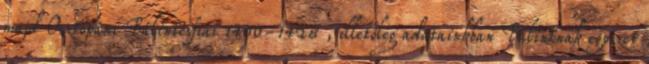
majd Osztopáni Bálintésfiai 1400-1428 , illetőleg adatainkban Bálintnak egyszer